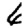
Digit: 6